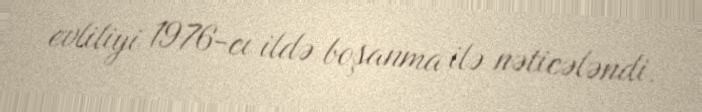
evliliyi 1976-cı ildə boşanma ilə nəticələndi.